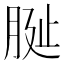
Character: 𦚺